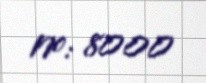
№: 8000